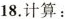
18.计算: